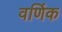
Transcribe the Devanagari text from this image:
वणिंक